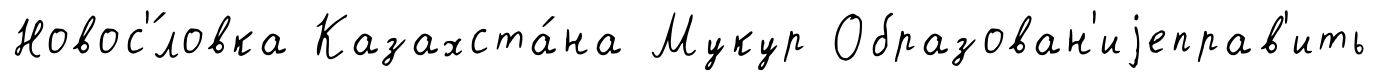
Новос'́ловка Казахста́на Мукур Образован'иjеправ'ить